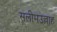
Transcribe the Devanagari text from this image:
सलीमउल्लाह